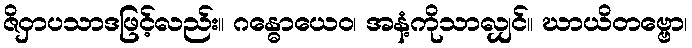
ဇိဝှာပသာဒဖြင့်လည်း။ ဂန္ဓောယေဝ၊ အနံ့ကိုသာလျှင်။ ဃာယိတဗ္ဗော၊